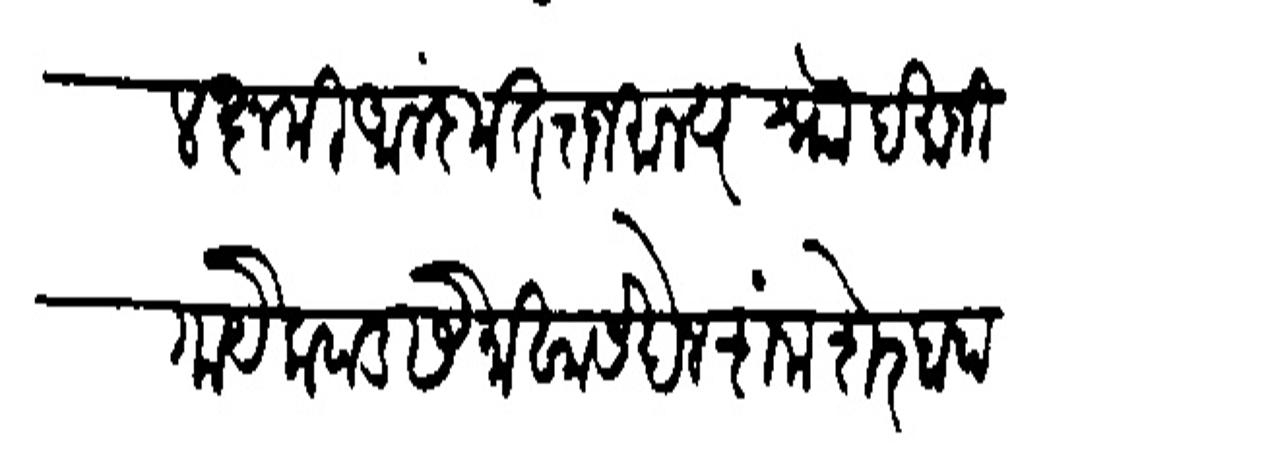
Transliteration (Devanagari): लक्षमी आलंकृत राजमान्य नोा दमाजी गायेकवाड सेनाखासखेल शंमझेर बाहादूर